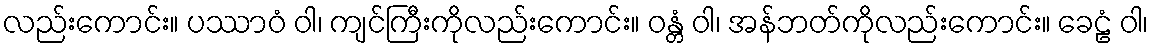
လည်းကောင်း။ ပဿာဝံ ဝါ၊ ကျင်ကြီးကိုလည်းကောင်း။ ဝန္တံ ဝါ၊ အန်ဘတ်ကိုလည်းကောင်း။ ခေဠံ ဝါ၊